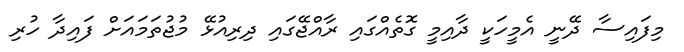
މިފައިސާ ދޭނީ އެމީހަކީ ދާއިމީ ގޮތެއްގައި ރާއްޖޭގައި ދިރިއުޅޭ މުޖުތަމައަށް ފައިދާ ހުރި